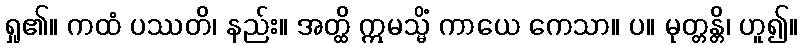
ရှု၏။ ကထံ ပဿတိ၊ နည်း။ အတ္ထိ ဣမသ္မိံ ကာယေ ကေသာ။ ပ။ မုတ္တန္တိ၊ ဟူ၍။